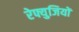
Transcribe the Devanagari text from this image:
रेफ्युजियों